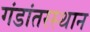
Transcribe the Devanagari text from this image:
गंडांतरस्थान